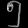
Digit: ၅